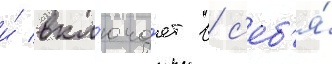
и́ вкл'юча́ет в с'еб'я́